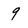
Character: 9